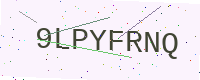
Text: 9LPYFRNQ